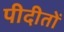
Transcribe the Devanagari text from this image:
पीदीतों